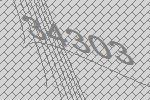
34303